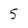
Character: 5